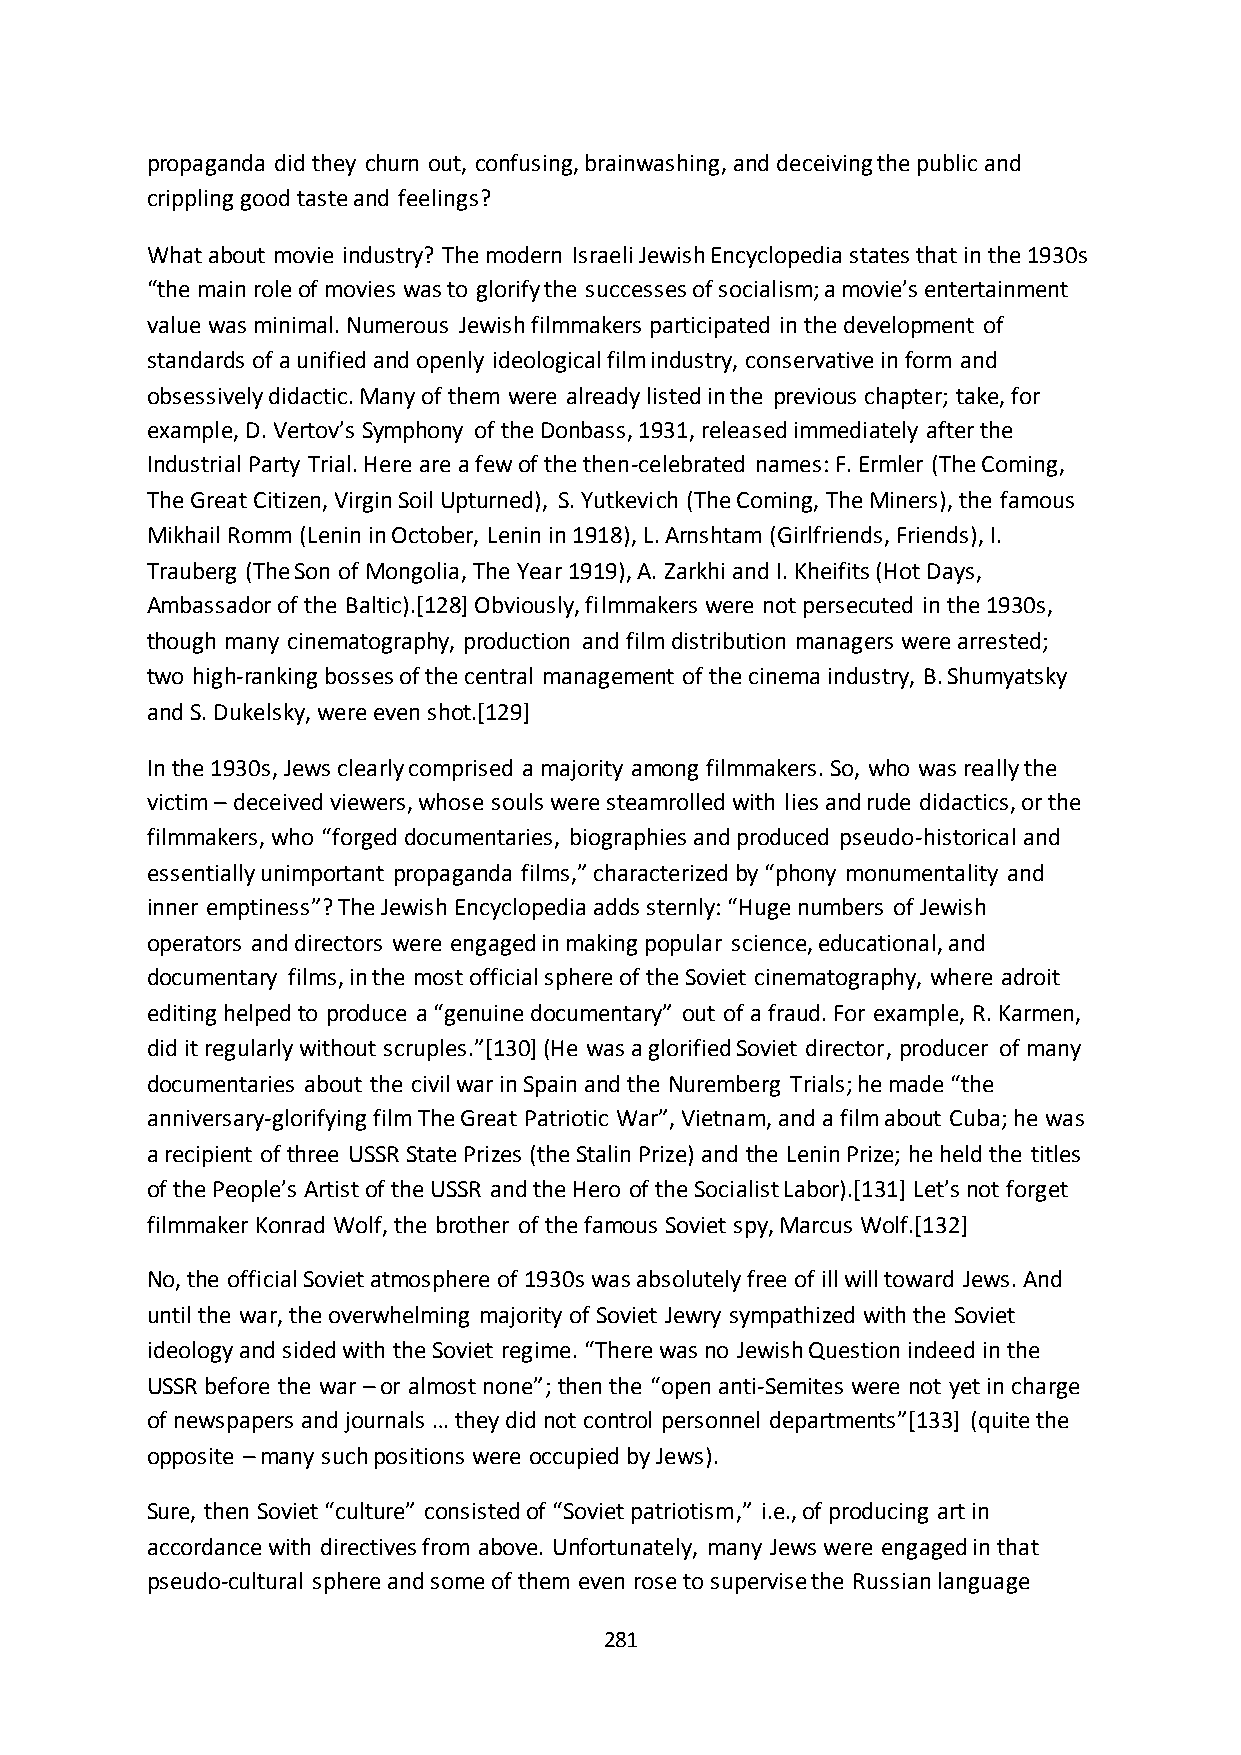
propaganda did they churn out, confusing, brainwashing, and deceiving the public and
 crippling good taste and feelings?
 What about movie industry? The modern Israeli Jewish Encyclopedia states that in the 1930s
 “the main role of movies was to glorify the successes of socialism; a movie’s entertainment
 value was minimal. Numerous Jewish filmmakers participated in the development of
 standards of a unified and openly ideological film industry, conservative in form and
 obsessively didactic. Many of them were already listed in the previous chapter; take, for
 example, D. Vertov’s Symphony of the Donbass, 1931, released immediately after the
 Industrial Party Trial. Here are a few of the then-celebrated names: F. Ermler (The Coming,
 The Great Citizen, Virgin Soil Upturned), S. Yutkevich (The Coming, The Miners), the famous
 Mikhail Romm (Lenin in October, Lenin in 1918), L. Arnshtam (Girlfriends, Friends), I.
 Trauberg (The Son of Mongolia, The Year 1919), A. Zarkhi and I. Kheifits (Hot Days,
 Ambassador of the Baltic).[128] Obviously, filmmakers were not persecuted in the 1930s,
 though many cinematography, production and film distribution managers were arrested;
 two high-ranking bosses of the central management of the cinema industry, B. Shumyatsky
 and S. Dukelsky, were even shot.[129]
 In the 1930s, Jews clearly comprised a majority among filmmakers. So, who was really the
 victim – deceived viewers, whose souls were steamrolled with lies and rude didactics, or the
 filmmakers, who “forged documentaries, biographies and produced pseudo-historical and
 essentially unimportant propaganda films,” characterized by “phony monumentality and
 inner emptiness”? The Jewish Encyclopedia adds sternly: “Huge numbers of Jewish
 operators and directors were engaged in making popular science, educational, and
 documentary films, in the most official sphere of the Soviet cinematography, where adroit
 editing helped to produce a “genuine documentary” out of a fraud. For example, R. Karmen,
 did it regularly without scruples.”*130+ (He was a glorified Soviet director, producer of many
 documentaries about the civil war in Spain and the Nuremberg Trials; he made “the
 anniversary-glorifying film The Great Patriotic War”, Vietnam, and a film about Cuba; he was
 a recipient of three USSR State Prizes (the Stalin Prize) and the Lenin Prize; he held the titles
 of the People’s Artist of the USSR and the Hero of the Socialist Labor).*131+ Let’s not forget
 filmmaker Konrad Wolf, the brother of the famous Soviet spy, Marcus Wolf.[132]
 No, the official Soviet atmosphere of 1930s was absolutely free of ill will toward Jews. And
 until the war, the overwhelming majority of Soviet Jewry sympathized with the Soviet
 ideology and sided with the Soviet regime. “There was no Jewish Question indeed in the
 USSR before the war – or almost none”; then the “open anti-Semites were not yet in charge
 of newspapers and journals … they did not control personnel departments”*133+ (quite the
 opposite – many such positions were occupied by Jews).
 Sure, then Soviet “culture” consisted of “Soviet patriotism,” i.e., of producing art in
 accordance with directives from above. Unfortunately, many Jews were engaged in that
 pseudo-cultural sphere and some of them even rose to supervise the Russian language
 281